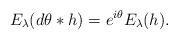
\begin{align*} E_{\lambda}(d\theta *h) = e^{i\theta}E_{\lambda}(h).\end{align*}